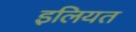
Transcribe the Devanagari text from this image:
इलियत